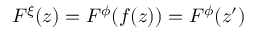
F ^ { \xi } ( z ) = F ^ { \phi } ( f ( z ) ) = F ^ { \phi } ( z ^ { \prime } )